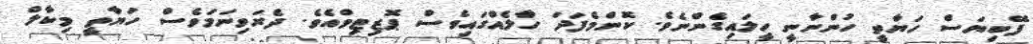
ފޭބިޔަސް ހަޔާތީ ހުންނާނީ ހީލައިގެންނެވެ. ކޮންމެފަދަ ހާލެއްގައިވެސް ޕޮޒިޓިވްއެވެ. ދެރަވިނަމަވެސް ހަޔާތީ މިކާލް